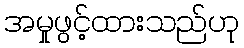
အမှုဖွင့်ထားသည်ဟု